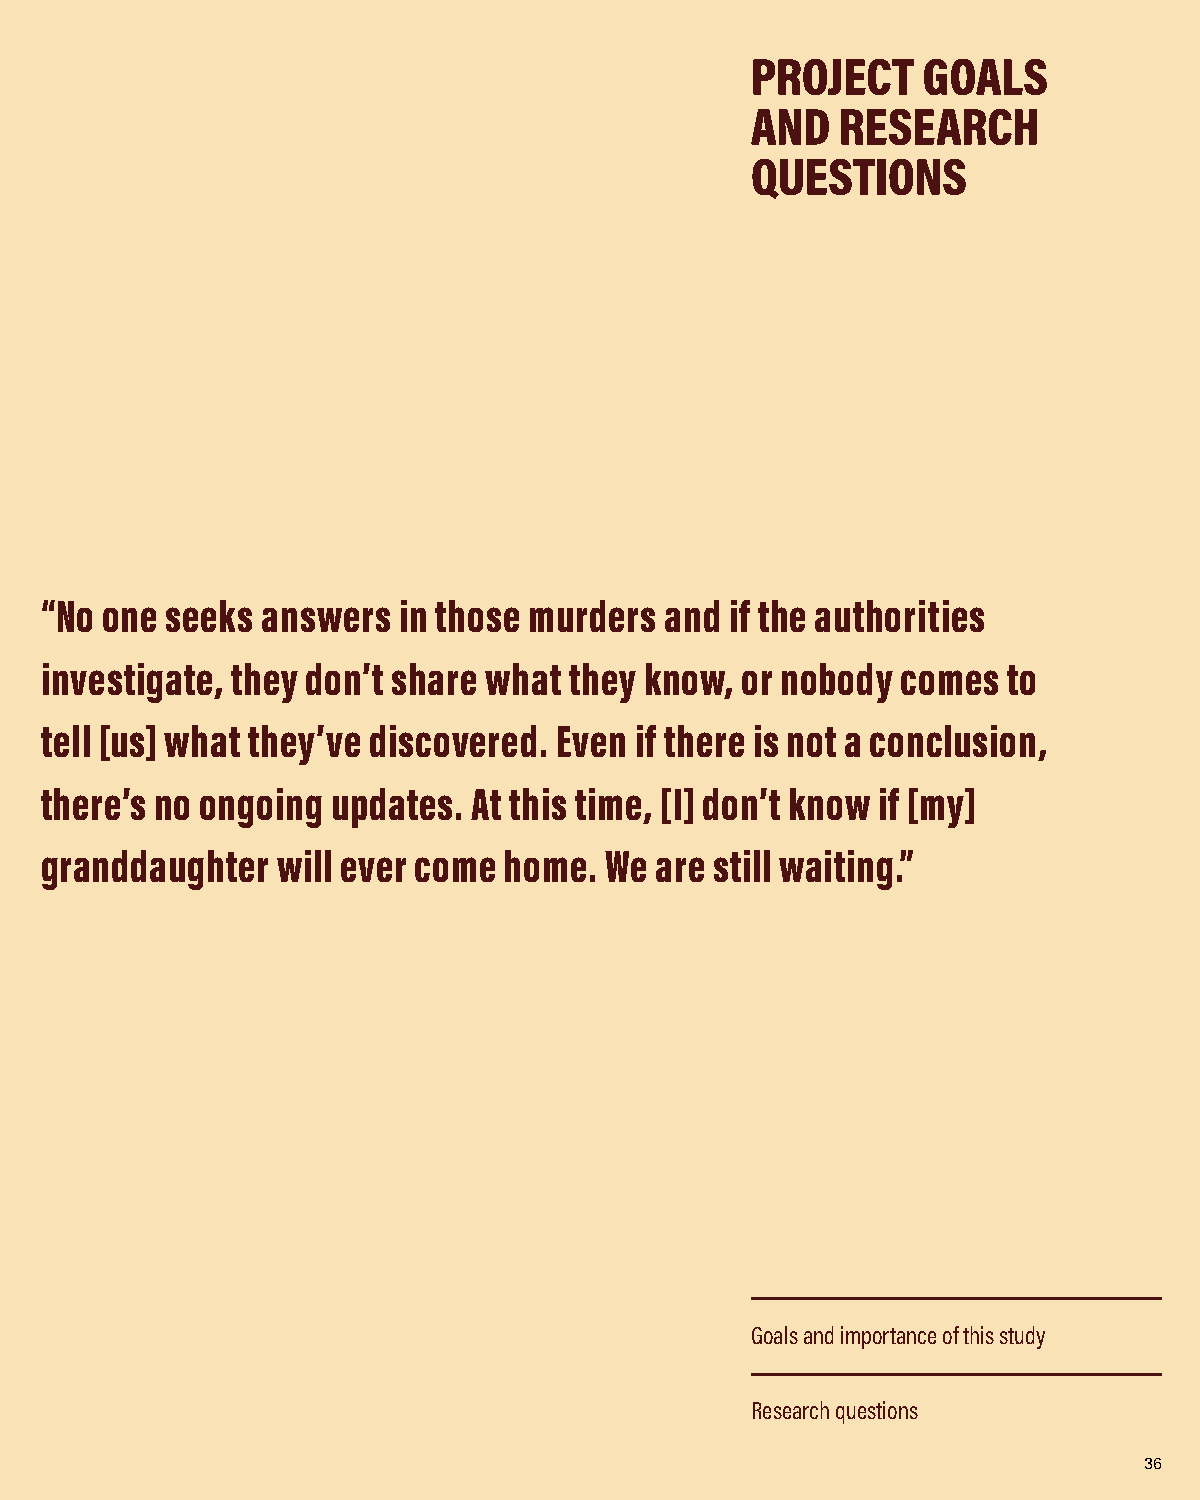
PROJECT    GOALS
 AND   RESEARCH
 QUESTIONS
 “No one seeks answers  in those murders  and if the authorities
 investigate, they don’t share what they know, or nobody  comes  to
 tell [us] what they’ve discovered. Even if there is not a conclusion,
 there’s no ongoing updates. At this time, [I] don’t know if [my]
 granddaughter  will ever come home.  We are still waiting.”
 Goals and importance of this study
 Research questions
 36